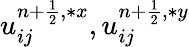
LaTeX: u_{ij}^{{n+\frac{1}{2}},\ast x},u_{ij}^{{n+\frac{1}{2}},\ast y}